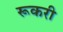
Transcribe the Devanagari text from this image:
रूकरी